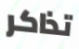
تذاكر